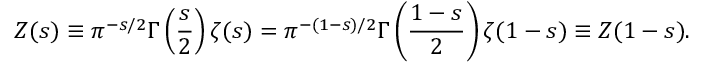
Z ( s ) \equiv \pi ^ { - s / 2 } \Gamma \left( \frac { s } { 2 } \right) \zeta ( s ) = \pi ^ { - ( 1 - s ) / 2 } \Gamma \left( \frac { 1 - s } { 2 } \right) \zeta ( 1 - s ) \equiv Z ( 1 - s ) .